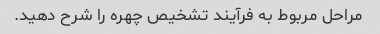
مراحل مربوط به فرآیند تشخیص چهره را شرح دهید.